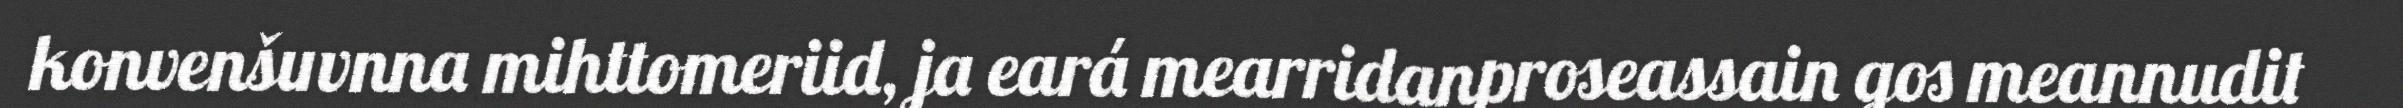
konvenšuvnna mihttomeriid, ja eará mearridanproseassain gos meannudit